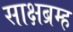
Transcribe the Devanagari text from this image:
साक्षब्रम्ह